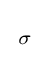
{\begin{smallmatrix}\sigma \end{smallmatrix}}